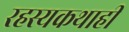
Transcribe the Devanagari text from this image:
रहस्यकथाही